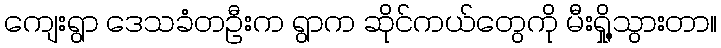
ကျေးရွာ ဒေသခံတဦးက ရွာက ဆိုင်ကယ်တွေကို မီးရှို့သွားတာ။